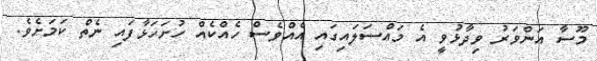
މޫސާ އަންވަރު ވިދާޅުވީ އެ މައްސަލައިގައި އެއްވެސް ހެއްކެއް ހުށަހަޅާފައި ނެތް ކަމަށެވެ.